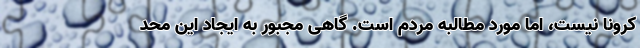
کرونا نیست، اما مورد مطالبه مردم است. گاهی مجبور به ایجاد این محد